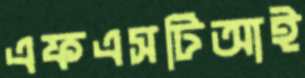
এফএসটিআই